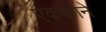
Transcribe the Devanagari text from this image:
एककाने